Report of the King Institute of Preventive Medicine, Guindy
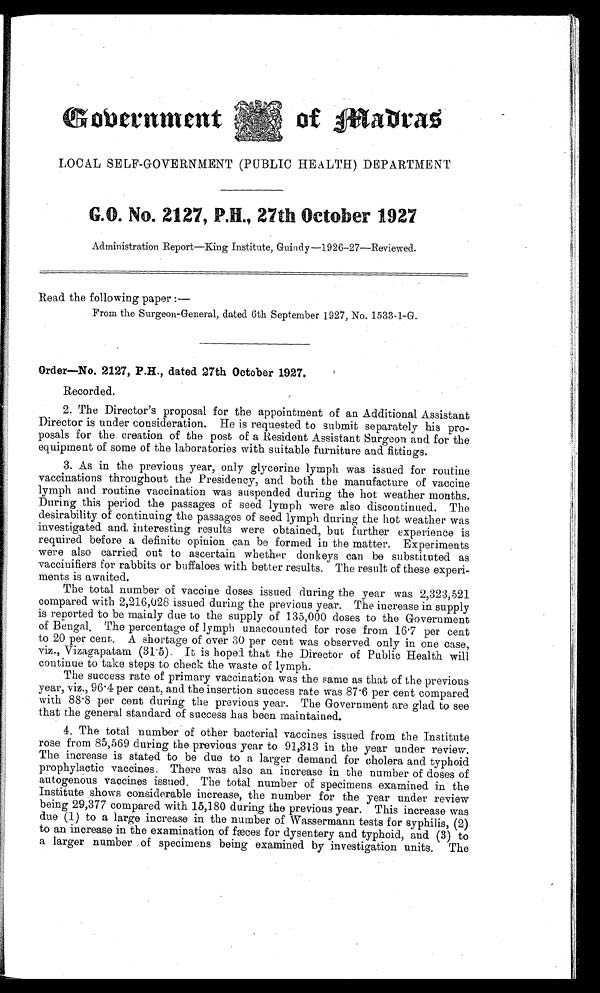
Government of madras
LOCAL SELF-GOVERNMENT (PUBLIC HEALTH ) DEPARTMENT
• G.O. No. 2127, P.H., 27th October 1927
Administration Report—King Institute, Guindy—1926–27—Reviewed.
Read the following paper :—
From the Surgeon–General, dated 6th September 1927, No. 1533–1-G.
Order—No, 2127, P.H., dated 27th October 1927.
Recorded.
2. The Director's proposal for the appointment of an Additional Assistant
Director is under consideration. He is requested to submit separately his pro–-
posals for the creation of the post of a Resident Assistant Surgeon and for the
equipment of some of the laboratories with suitable furniture and fittings.
3. As in the previous year, only glycerine lymph was issued for routine
vaccinations throughout the Presidency, and both the manufacture of vaccine
lymph and routine vaccination was suspended during the hot weather months.
During this period the passages of seed lymph were also discontinued. The
desirability of continuing the passages of seed lymph during the hot weather was
investigated and, interesting results were obtained, but further experience is
required before a definite opinion can be formed in the matter. Experiments
were also carried out to ascertain whether donkeys can be substituted as
vaccinifiers for rabbits or buffaloes with better results. The result of these experi–-
ments is awaited.
The total number of vaccine doses issued during the year was 2,323,521
compared with 2,216,028 issued during the previous year. The increase in supply
is reported to be mainly due to the supply of 135,000 doses to the Government
o f B e n g a l . T h e p e r c e n t a g e o f l y mp h u n a c c o u n t e d f o r r o s e f r o m 1 6 . 7 p e r c e n t
to 20 per cent. A shortage of over 30 per cent was observed only in one case,
viz., Vizagapatam (31.5). It is hoped that the Director of Public Health will
continue to take steps to check the waste of lymph.
The success rate of primary vaccination was the same as that of the previous
year, viz., 96.4 per cent, and the insertion success rate was 87.6 per cent compared
with 88.8 per cent during the previous year. The Government are glad to see
that the general standard of success has been maintained.
4. The total number of other bacterial vaccines issued from the Institute
rose from 85,569 during the previous year to 91,313 in the year under review.
The increase is stated to be due to a larger demand for cholera and typhoid
prophylactic vaccines, There was also an increase in the number of doses of
autogenous vaccines issued. The total number of specimens examined in the
Institute shows considerable increase, the number for the year under review
being 29,377 compared with 15,180 during the previous year. This increase was
due ( 1) t o a l ar ge . i ncr ease i n t he number of Wasser mann t est s f or syphi l i s, ( 2) .
to an increase in the examination of fæces for dysentery and typhoid, and (3) to
a larger number .of specimens being examined by investigation units. The